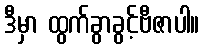
ဒီမှာ ထွက်ခွာခွင့်ဗီဇာပါ။